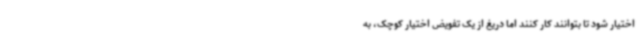
اختیار شود تا بتوانند کار کنند اما دریغ از یک تفویض اختیار کوچک، به